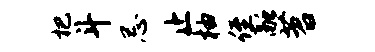
杷斗忌止柚侄融苕